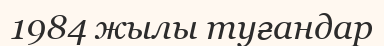
1984 жылы туғандар